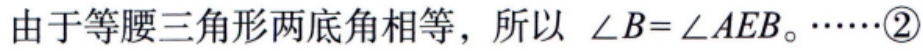
由于等腰三角形两底角相等，所以 $\angle B = \angle AEB$。……\textcircled{2}